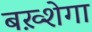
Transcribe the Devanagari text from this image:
बख़्शेगा